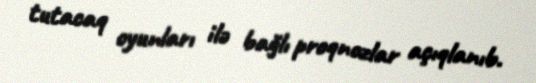
tutacaq oyunları ilə bağlı proqnozlar açıqlanıb.